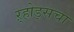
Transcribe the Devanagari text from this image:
ऱ्होड्सचा